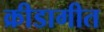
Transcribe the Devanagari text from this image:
क्रीडागीत